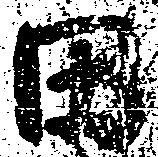
田